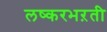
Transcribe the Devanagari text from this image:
लष्करभऱती